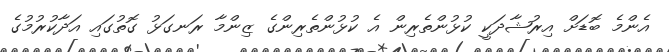
އެންމެ ބޮޑަށް އިރުޝާދަކީ ކުޅުންތެރިން އެ ކުޅުންތެރިންގެ ޒިންމާ ރަނގަޅު ގޮތުގައި އަދާކުރުމުގެ